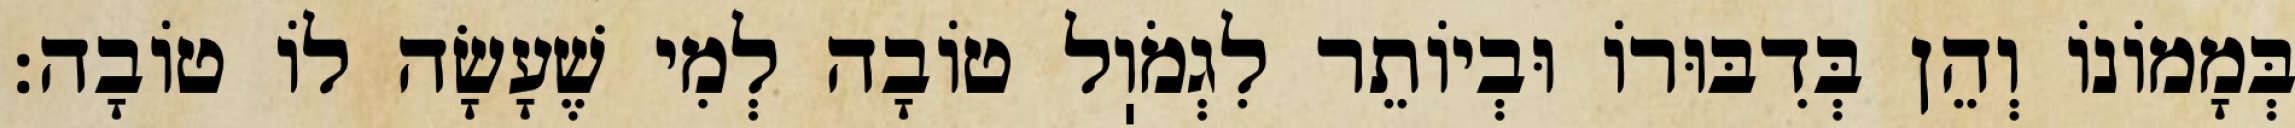
בְּמָמוֹנוֹ וְהֵן בְּדִבּוּרוֹ וּבְיוֹתֵר לִגְמֹוֽל טוֹבָה לְמִי שֶׁעָשָׂה לוֹ טוֹבָה: